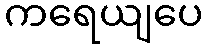
ကရေယျပေ